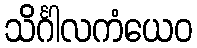
သိင်္ဂါလကံယေဝ